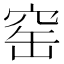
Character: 窑